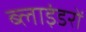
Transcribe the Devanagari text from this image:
ब्लाइंडरों